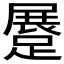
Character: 𨃨